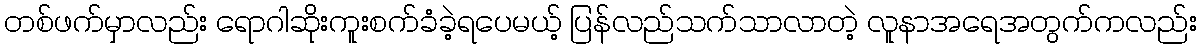
တစ်ဖက်မှာလည်း ရောဂါဆိုးကူးစက်ခံခဲ့ရပေမယ့် ပြန်လည်သက်သာလာတဲ့ လူနာအရေအတွက်ကလည်း